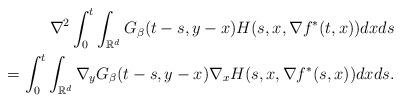
LaTeX: \begin{align*}\nabla^{2}\int_{0}^{t}\int_{\mathbb{R}^{d}}G_{\beta}(t-s, y-x)H(s,x,\nabla f^{*}(t,x)) dx ds \\= \int_{0}^{t}\int_{\mathbb{R}^{d}}\nabla_{y} G_{\beta}(t-s, y-x)\nabla_{x} H(s,x,\nabla f^{*}(s,x))dx ds. \end{align*}